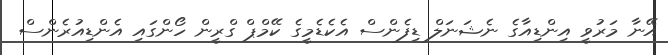
އޭނާ މަރުވީ އިންޑިއާގެ ނެޝަނަލް ޑިފެންސް އެކެޑެމީގެ ކޭމްޕް ގްރީން ހޯންގައި އެންޑިއުރެންސް